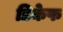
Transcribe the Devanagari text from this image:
डिकेफ